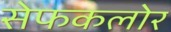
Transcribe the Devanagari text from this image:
सेफकलोर